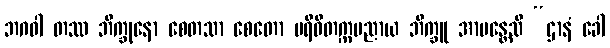
ဘဂဝါ တဿ ဘိက္ခုနော စေတသာ စေတော ပရိဝိတက္ကမညာယ ဘိက္ခူ အာမန္တေသိ “ဌာနံ ခေါ